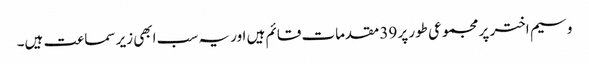
وسیم اختر پر مجموعی طور پر 39 مقدمات قائم ہیں اور یہ سب ابھی زیر سماعت ہیں۔